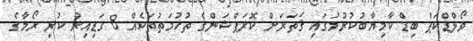
ވޯލްޑްކަޕް ބިޑް ކާމިޔާބުކުރުމުގައި ޤަތަރަށް ކޮރަޕްޝަންގެ ތުހުމަތުތަކެއް 8 ގަޑިއިރު ކުރި ރޯމާގެ